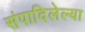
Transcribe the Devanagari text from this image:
संपादिलेल्या